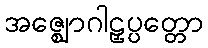
အဇ္ဈောဂါဠှပ္ပတ္တော